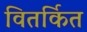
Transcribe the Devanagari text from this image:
वितर्कित